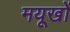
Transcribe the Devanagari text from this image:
मयूखों